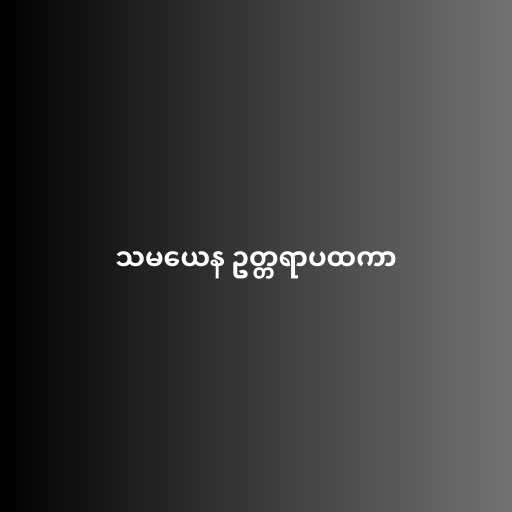
သမယေန ဥတ္တရာပထကာ